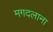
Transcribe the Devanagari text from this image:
मगदलाना